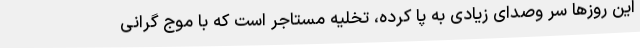
این روزها سر وصدای زیادی به پا کرده، تخلیه مستاجر است که با موج گرانی